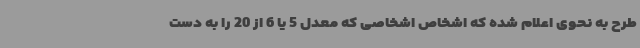
طرح به نحوی اعلام شده که اشخاص اشخاصی که معدل 5 یا 6 از 20 را به دست